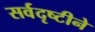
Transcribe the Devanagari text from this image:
सर्वदृष्टीने